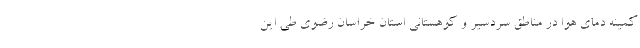
کمینه دمای هوا در مناطق سردسیر و کوهستانی استان خراسان رضوی طی این